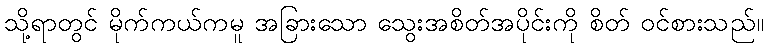
သို့ရာတွင် မိုက်ကယ်ကမူ အခြားသော သွေးအစိတ်အပိုင်းကို စိတ် ဝင်စားသည်။